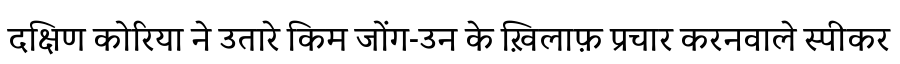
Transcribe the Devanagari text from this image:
दक्षिण कोरिया ने उतारे किम जोंग-उन के ख़िलाफ़ प्रचार करनवाले स्पीकर